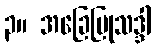
၃။ အခြေပြုသဒ္ဒါ